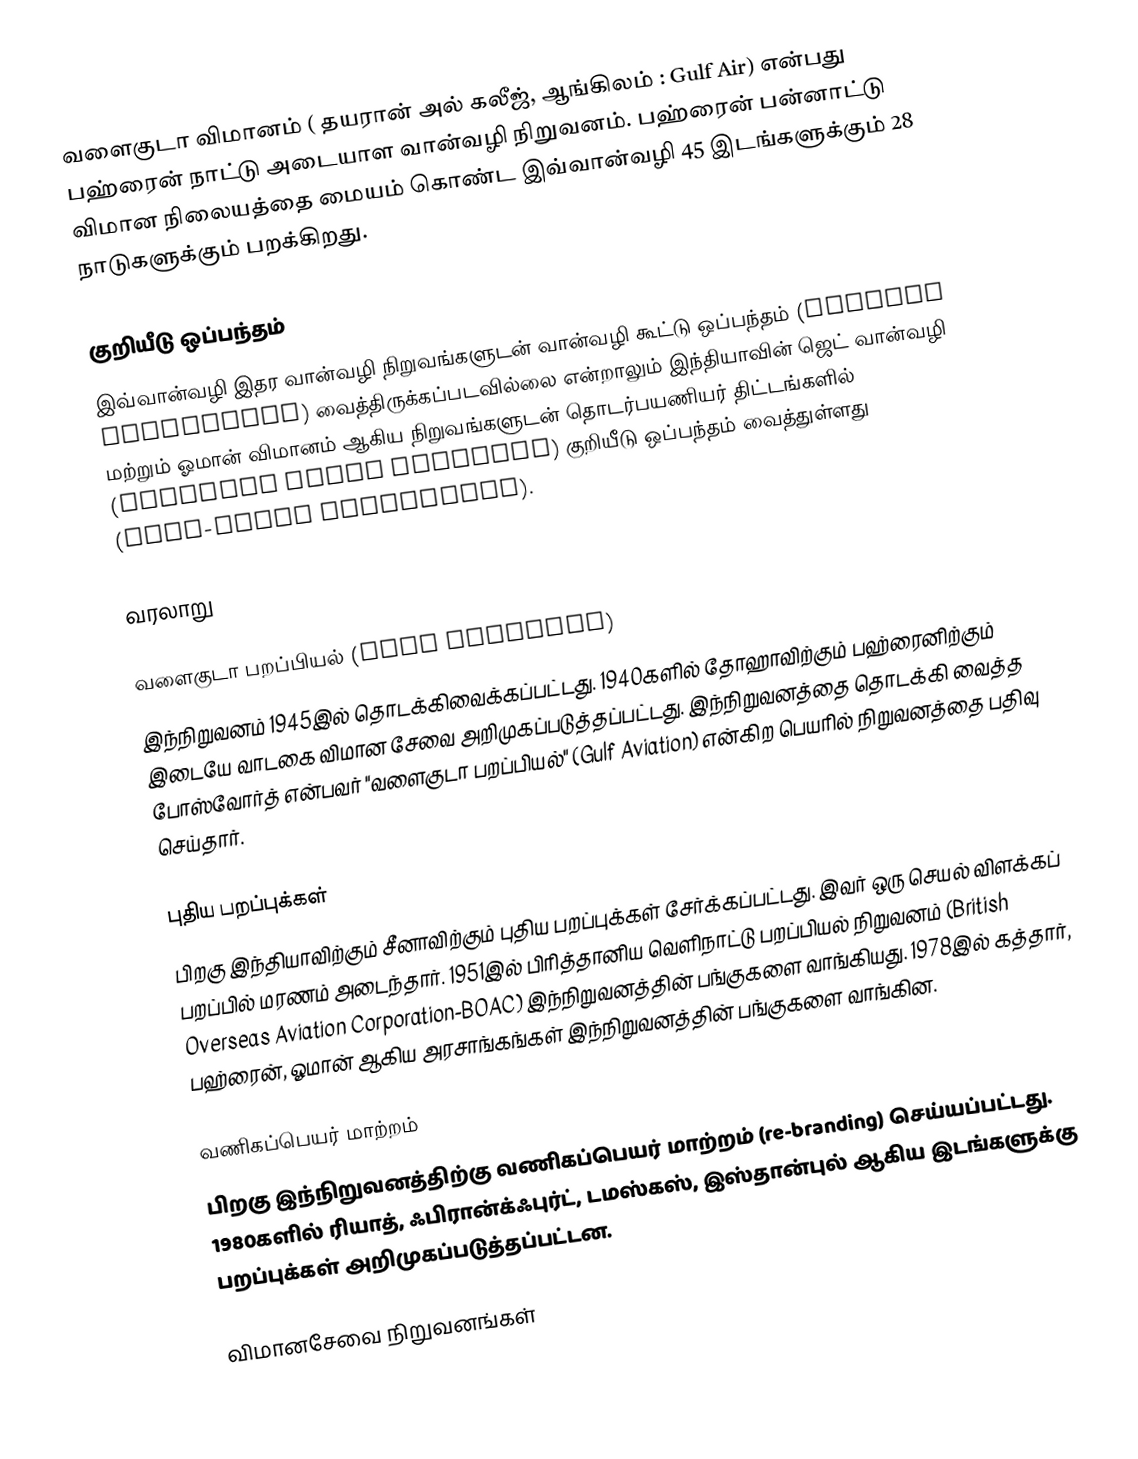
வளைகுடா விமானம்  ( தயரான் அல் கலீஜ், ஆங்கிலம் : Gulf Air) என்பது பஹ்ரைன் நாட்டு அடையாள வான்வழி நிறுவனம்.  பஹ்ரைன் பன்னாட்டு விமான நிலையத்தை மையம் கொண்ட இவ்வான்வழி 45 இடங்களுக்கும் 28 நாடுகளுக்கும் பறக்கிறது.

குறியீடு ஒப்பந்தம்
இவ்வான்வழி இதர வான்வழி நிறுவங்களுடன் வான்வழி கூட்டு ஒப்பந்தம் (airline agreements) வைத்திருக்கப்படவில்லை என்றாலும்  இந்தியாவின் ஜெட் வான்வழி மற்றும் ஓமான் விமானம் ஆகிய நிறுவங்களுடன் தொடர்பயணியர்  திட்டங்களில் (frequent flier programs) குறியீடு ஒப்பந்தம் வைத்துள்ளது (code-share agreements).

வரலாறு

வளைகுடா பறப்பியல் (Gulf Aviation)
இந்நிறுவனம் 1945இல் தொடக்கிவைக்கப்பட்டது. 1940களில் தோஹாவிற்கும் பஹ்ரைனிற்கும் இடையே வாடகை விமான சேவை அறிமுகப்படுத்தப்பட்டது. இந்நிறுவனத்தை தொடக்கி வைத்த போஸ்வோர்த்  என்பவர் "வளைகுடா பறப்பியல்" (Gulf Aviation) என்கிற பெயரில் நிறுவனத்தை பதிவு செய்தார்.

புதிய பறப்புக்கள்
பிறகு இந்தியாவிற்கும் சீனாவிற்கும் புதிய பறப்புக்கள் சேர்க்கப்பட்டது. இவர் ஒரு செயல் விளக்கப் பறப்பில் மரணம் அடைந்தார். 1951இல் பிரித்தானிய வெளிநாட்டு பறப்பியல் நிறுவனம் (British Overseas Aviation Corporation-BOAC) இந்நிறுவனத்தின் பங்குகளை வாங்கியது. 1978இல் கத்தார், பஹ்ரைன், ஓமான் ஆகிய அரசாங்கங்கள் இந்நிறுவனத்தின் பங்குகளை வாங்கின.

வணிகப்பெயர் மாற்றம்
பிறகு இந்நிறுவனத்திற்கு வணிகப்பெயர் மாற்றம் (re-branding) செய்யப்பட்டது. 1980களில் ரியாத், ஃபிரான்க்ஃபுர்ட், டமஸ்கஸ், இஸ்தான்புல் ஆகிய இடங்களுக்கு பறப்புக்கள் அறிமுகப்படுத்தப்பட்டன.

விமானசேவை நிறுவனங்கள்